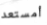
أمستعد